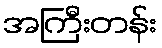
အကြီးတန်း